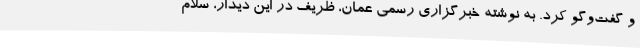
و گفت‌و‌گو کرد. به نوشته خبرگزاری رسمی عمان، ظریف در این دیدار، سلام